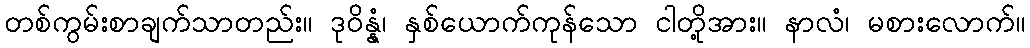
တစ်ကွမ်းစာချက်သာတည်း။ ဒုဝိန္နံ၊ နှစ်ယောက်ကုန်သော ငါတို့အား။ နာလံ၊ မစားလောက်။